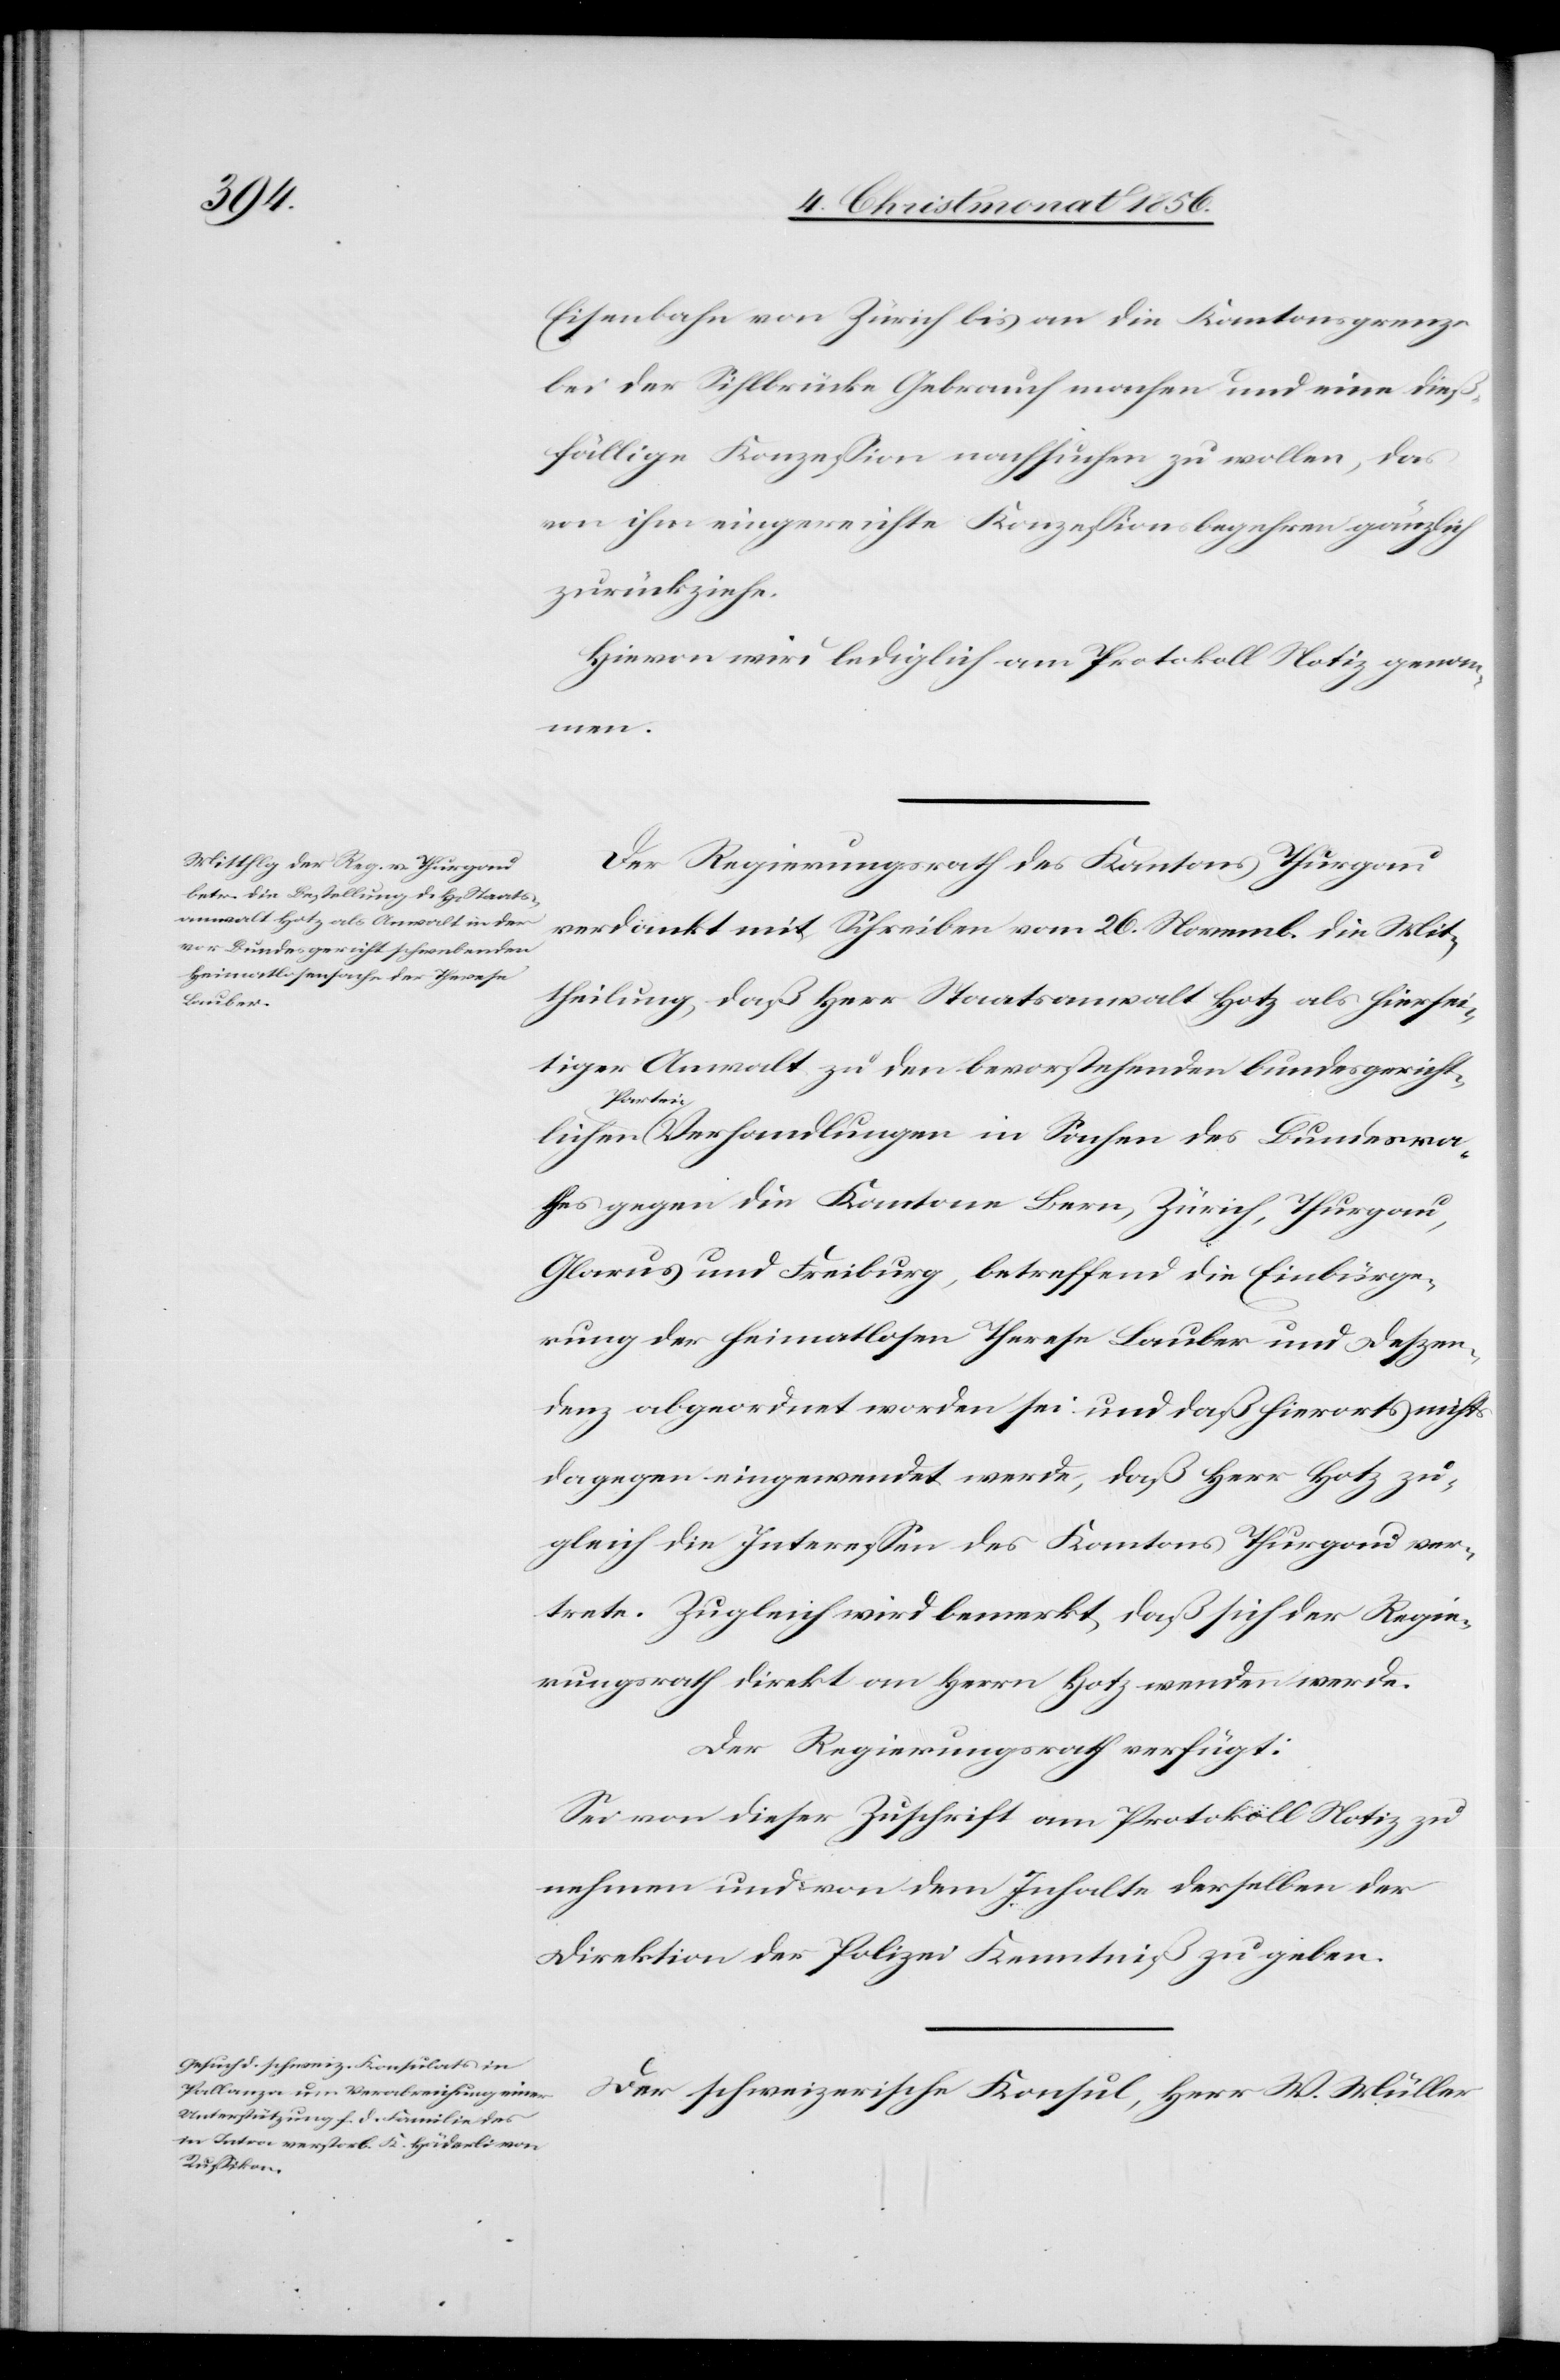
in

Eisenbahn von Zürich bis an die Kantonsgrenze
bei der Sihlbrücke Gebrauch machen und eine dieß¬
fällige Konzession nachsuchen zu wollen, das
von ihm eingereichte Konzessionsbegehren gänzlich
zurückziehe.
Hievon wird lediglich am Protokoll Notiz genom¬
Bundesra¬
Der Regierungsrath des Kantons Thurgau
verdankt mit Schreiben vom 26. Novemb. die Mit¬
theilung, daß Herr Staatsanwalt Hotz als hiersei¬
tiger Anwalt zu den bevorstehenden bundesgericht¬
thes gegen die Kantone Bern, Zürich, Thurgau,
Glarus und Freiburg, betreffend die Einbürge¬
rung der heimatlosen Therese Lauber und Deszen¬
denz abgeordnet worden sei und daß hierorts nichts
dagegen eingewendet werde, daß Herr Hotz zu¬
gleich die Interessen des Kantons Thurgau ver¬
trete. Zugleich wird bemerkt, daß sich der Regie¬
rungsrath direkt an Herrn Hotz wenden werde.
Der Regierungsrath verfügt:
Sei von dieser Zuschrift am Protokoll Notiz zu
nehmen und von dem Inhalte derselben der
Direktion der Polizei Kenntniß zu geben.
Der schweizerische Konsul, Herr W. Müller